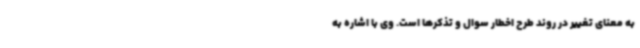
به معنای تغییر در روند طرح اخطار سوال و تذکرها است. وی با اشاره به